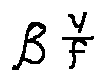
\beta ^ { \frac { \gamma } { f } }